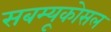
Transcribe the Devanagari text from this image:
सबम्‍यूकोसल